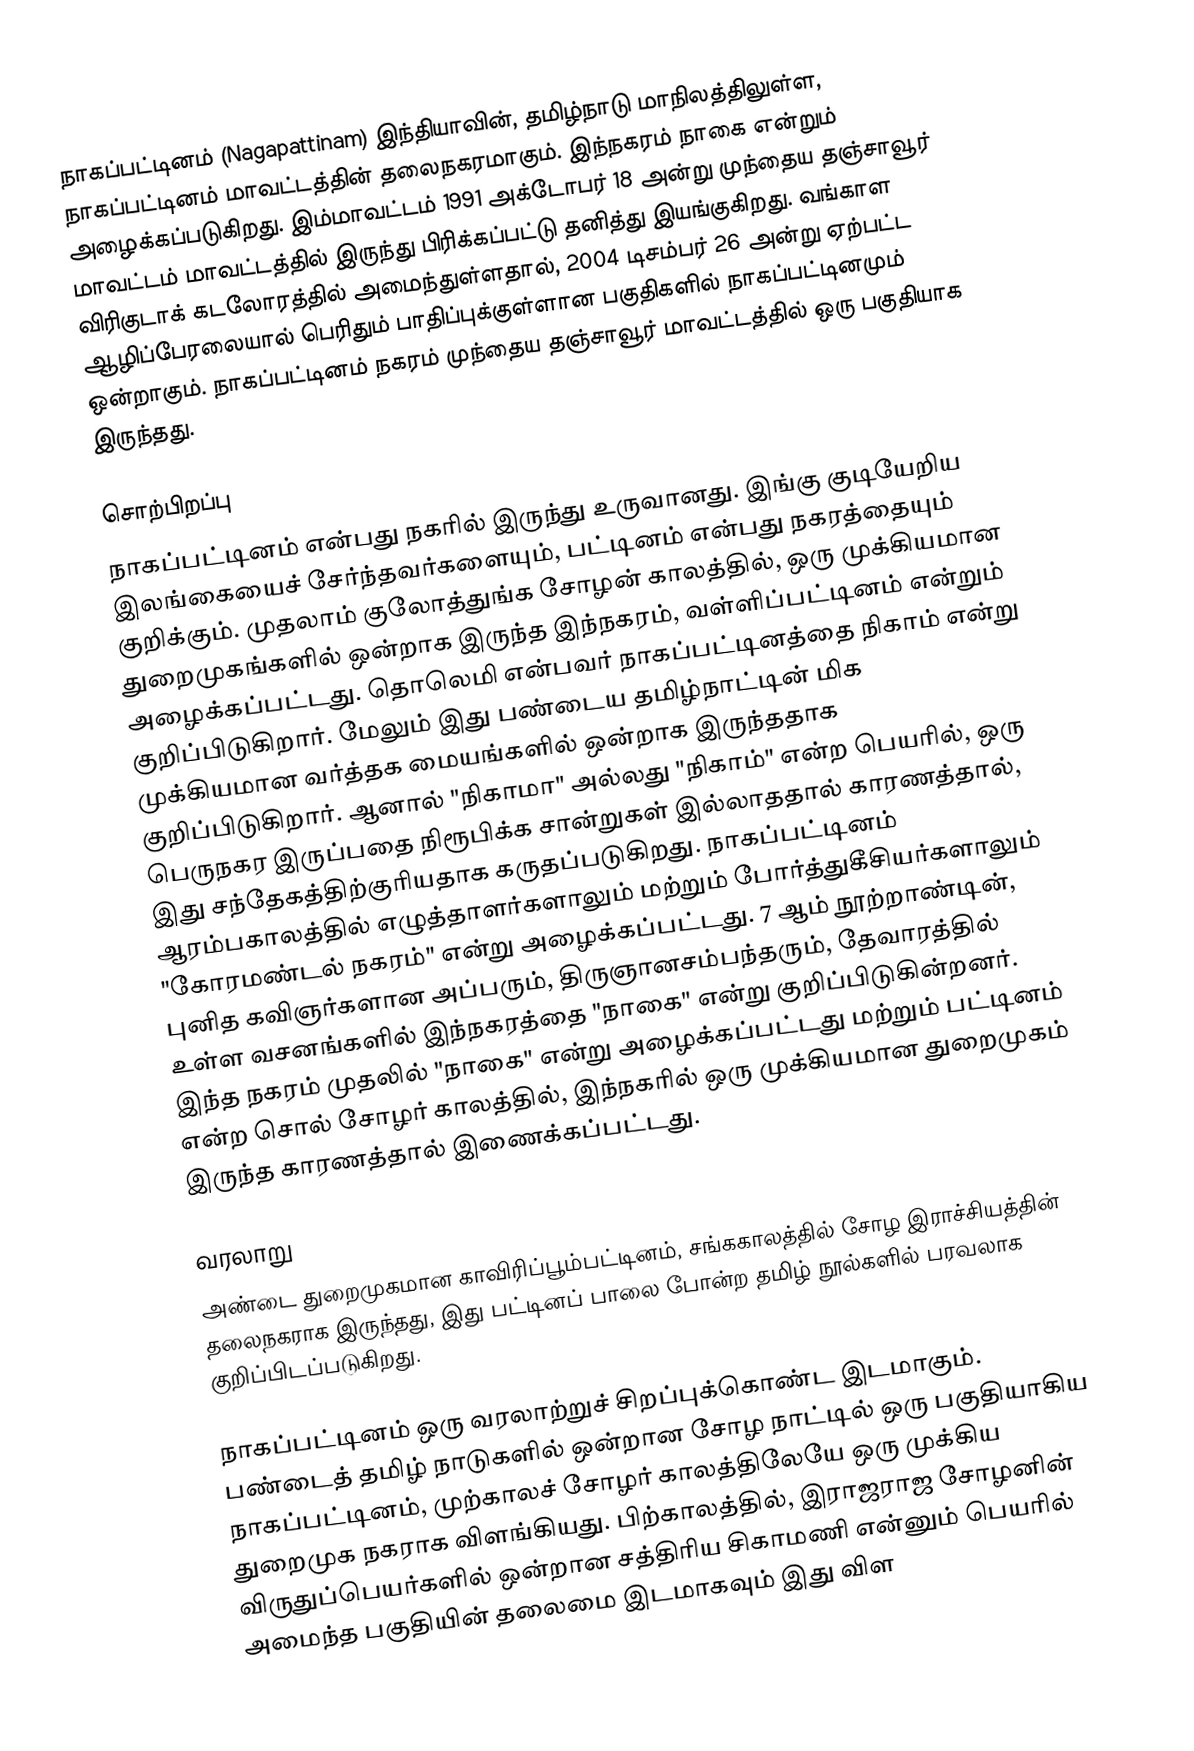
நாகப்பட்டினம் (Nagapattinam) இந்தியாவின், தமிழ்நாடு மாநிலத்திலுள்ள, நாகப்பட்டினம் மாவட்டத்தின் தலைநகரமாகும். இந்நகரம் நாகை என்றும் அழைக்கப்படுகிறது. இம்மாவட்டம் 1991 அக்டோபர் 18 அன்று முந்தைய  தஞ்சாவூர் மாவட்டம் மாவட்டத்தில் இருந்து பிரிக்கப்பட்டு தனித்து இயங்குகிறது. வங்காள விரிகுடாக் கடலோரத்தில் அமைந்துள்ளதால், 2004 டிசம்பர் 26 அன்று ஏற்பட்ட ஆழிப்பேரலையால் பெரிதும் பாதிப்புக்குள்ளான பகுதிகளில் நாகப்பட்டினமும் ஒன்றாகும். நாகப்பட்டினம் நகரம் முந்தைய தஞ்சாவூர் மாவட்டத்தில் ஒரு பகுதியாக இருந்தது.

சொற்பிறப்பு
நாகப்பட்டினம் என்பது நகரில் இருந்து உருவானது. இங்கு குடியேறிய இலங்கையைச் சேர்ந்தவர்களையும், பட்டினம் என்பது நகரத்தையும் குறிக்கும். முதலாம் குலோத்துங்க சோழன் காலத்தில், ஒரு முக்கியமான துறைமுகங்களில் ஒன்றாக இருந்த இந்நகரம், வள்ளிப்பட்டினம் என்றும் அழைக்கப்பட்டது. தொலெமி என்பவர் நாகப்பட்டினத்தை நிகாம் என்று குறிப்பிடுகிறார். மேலும் இது பண்டைய தமிழ்நாட்டின் மிக முக்கியமான வர்த்தக மையங்களில் ஒன்றாக இருந்ததாக குறிப்பிடுகிறார். ஆனால் "நிகாமா" அல்லது "நிகாம்" என்ற பெயரில், ஒரு பெருநகர இருப்பதை நிரூபிக்க சான்றுகள் இல்லாததால் காரணத்தால், இது சந்தேகத்திற்குரியதாக கருதப்படுகிறது. நாகப்பட்டினம் ஆரம்பகாலத்தில் எழுத்தாளர்களாலும் மற்றும் போர்த்துகீசியர்களாலும் "கோரமண்டல் நகரம்" என்று அழைக்கப்பட்டது. 7 ஆம் நூற்றாண்டின், புனித கவிஞர்களான அப்பரும், திருஞானசம்பந்தரும், தேவாரத்தில் உள்ள வசனங்களில் இந்நகரத்தை "நாகை" என்று குறிப்பிடுகின்றனர். இந்த நகரம் முதலில் "நாகை" என்று அழைக்கப்பட்டது மற்றும் பட்டினம் என்ற சொல் சோழர் காலத்தில், இந்நகரில் ஒரு முக்கியமான துறைமுகம் இருந்த காரணத்தால் இணைக்கப்பட்டது.

வரலாறு
அண்டை துறைமுகமான காவிரிப்பூம்பட்டினம், சங்ககாலத்தில் சோழ இராச்சியத்தின் தலைநகராக இருந்தது, இது பட்டினப் பாலை போன்ற தமிழ் நூல்களில் பரவலாக குறிப்பிடப்படுகிறது.

நாகப்பட்டினம் ஒரு வரலாற்றுச் சிறப்புக்கொண்ட இடமாகும். பண்டைத் தமிழ் நாடுகளில் ஒன்றான சோழ நாட்டில் ஒரு பகுதியாகிய நாகப்பட்டினம், முற்காலச் சோழர் காலத்திலேயே ஒரு முக்கிய துறைமுக நகராக விளங்கியது. பிற்காலத்தில், இராஜராஜ சோழனின் விருதுப்பெயர்களில் ஒன்றான சத்திரிய சிகாமணி என்னும் பெயரில் அமைந்த பகுதியின் தலைமை இடமாகவும் இது விள